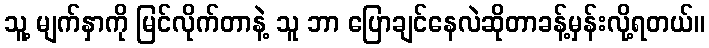
သူ့ မျက်နှာကို မြင်လိုက်တာနဲ့ သူ ဘာ ပြောချင်နေလဲဆိုတာခန့်မှန်းလို့ရတယ်။